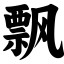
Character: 飘